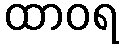
ထာဝရ